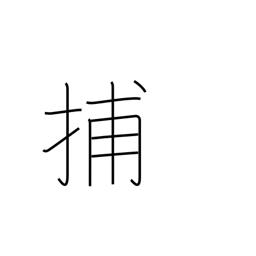
Meaning: capture